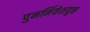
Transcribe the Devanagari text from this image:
पुनर्निवेशयुक्त